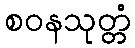
စဝနသုတ္တံ